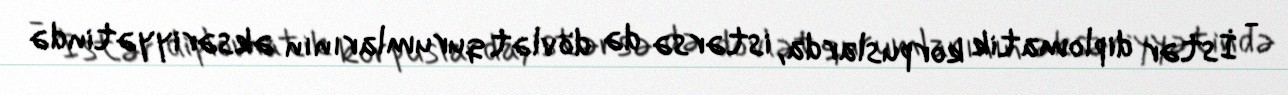
- İstər diplomatik korpuslarda, istərsə də dövlət qurumlarının əksəriyyətində